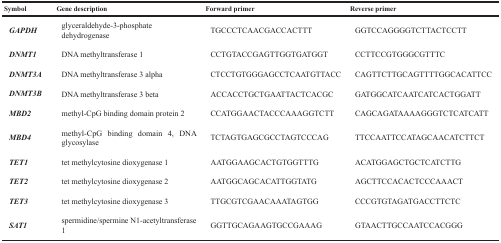
| Symbol | Gene description | Forward primer | Reverse primer |
 | --- | --- | --- | --- |
 | GAPDH | glyceraldehyde-3-phosphate dehydrogenase | TGCCCTCAACGACCACTTT | GGTCCAGGGGTCTTACTCCTT |
 | DNMT1 | DNA methyltransferase 1 | CCTGTACCGAGTTGGTGATGGT | CCTTCCGTGGGCGTTTC |
 | DNMT3A | DNA methyltransferase 3 alpha | CTCCTGTGGGAGCCTCAATGTTACC | CAGTTCTTGCAGTTTTGGCACATTCC |
 | DNMT3B | DNA methyltransferase 3 beta | ACCACCTGCTGAATTACTCACGC | GATGGCATCAATCATCACTGGATT |
 | MBD2 | methyl-CpG binding domain protein 2 | CCATGGAACTACCCAAAGGTCTT | CAGCAGATAAAAGGGTCTCATCATT |
 | MBD4 | methyl-CpG binding domain 4, DNA glycosylase | TCTAGTGAGCGCCTAGTCCCAG | TTCCAATTCCATAGCAACATCTTCT |
 | TET1 | tet methylcytosine dioxygenase 1 | AATGGAAGCACTGTGGTTTG | ACATGGAGCTGCTCATCTTG |
 | TET2 | tet methylcytosine dioxygenase 2 | AATGGCAGCACATTGGTATG | AGCTTCCACACTCCCAAACT |
 | TET3 | tet methylcytosine dioxygenase 3 | TTGCGTCGAACAAATAGTGG | CCCGTGTAGATGACCTTCTC |
 | SAT1 | spermidine/spermine N1-acetyltransferase 1 | GGTTGCAGAAGTGCCGAAAG | GTAACTTGCCAATCCACGGG |